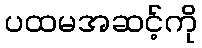
ပထမအဆင့်ကို